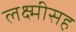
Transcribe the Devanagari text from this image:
लक्ष्मीसह